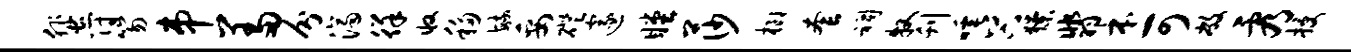
蜚符笏串羞分济徉收移毓妥磴邃瞠莎榔套祠牧刊唾谷獠翡本可敝看授